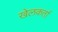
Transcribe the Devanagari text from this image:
खेलकर्ता